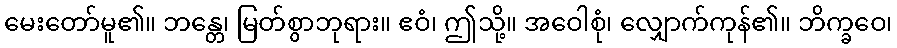
မေးတော်မူ၏။ ဘန္တေ၊ မြတ်စွာဘုရား။ ဧဝံ၊ ဤသို့။ အဝေါစုံ၊ လျှောက်ကုန်၏။ ဘိက္ခဝေ၊